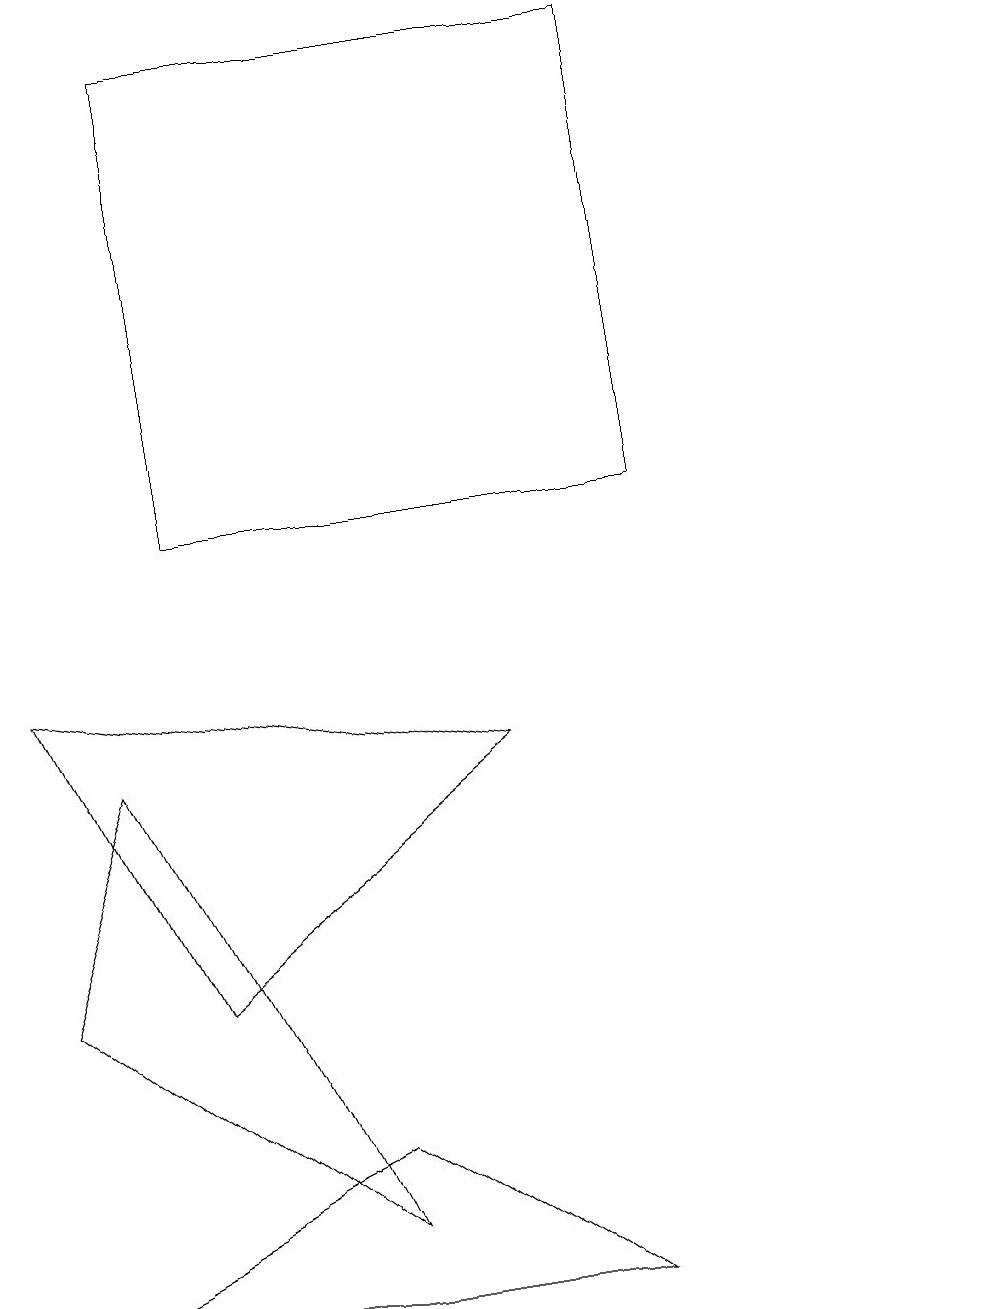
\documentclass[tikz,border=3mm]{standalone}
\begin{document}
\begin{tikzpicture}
\draw (4,2) -- (1,8) -- (0,5) -- cycle;
\draw (12,10) circle (0);
\draw (0,1) -- (4,3) -- (7,1) -- cycle;
\draw (6,8) -- (0,9) -- (2,5) -- cycle;
\draw (2,17) rectangle (8,11);
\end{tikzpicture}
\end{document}